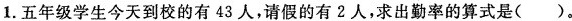
1.五年级学生今天到校的有43人，请假的有2人，求出勤率的算式是( )。